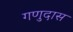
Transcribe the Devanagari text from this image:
गणुदास